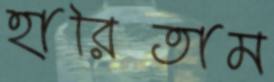
হারিতাম